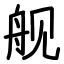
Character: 舰